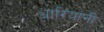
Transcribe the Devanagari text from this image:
धारियांनी